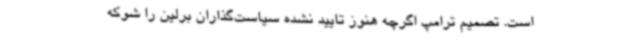
است. تصمیم ترامپ اگرچه هنوز تایید نشده سیاست‌گذاران برلین را شوکه